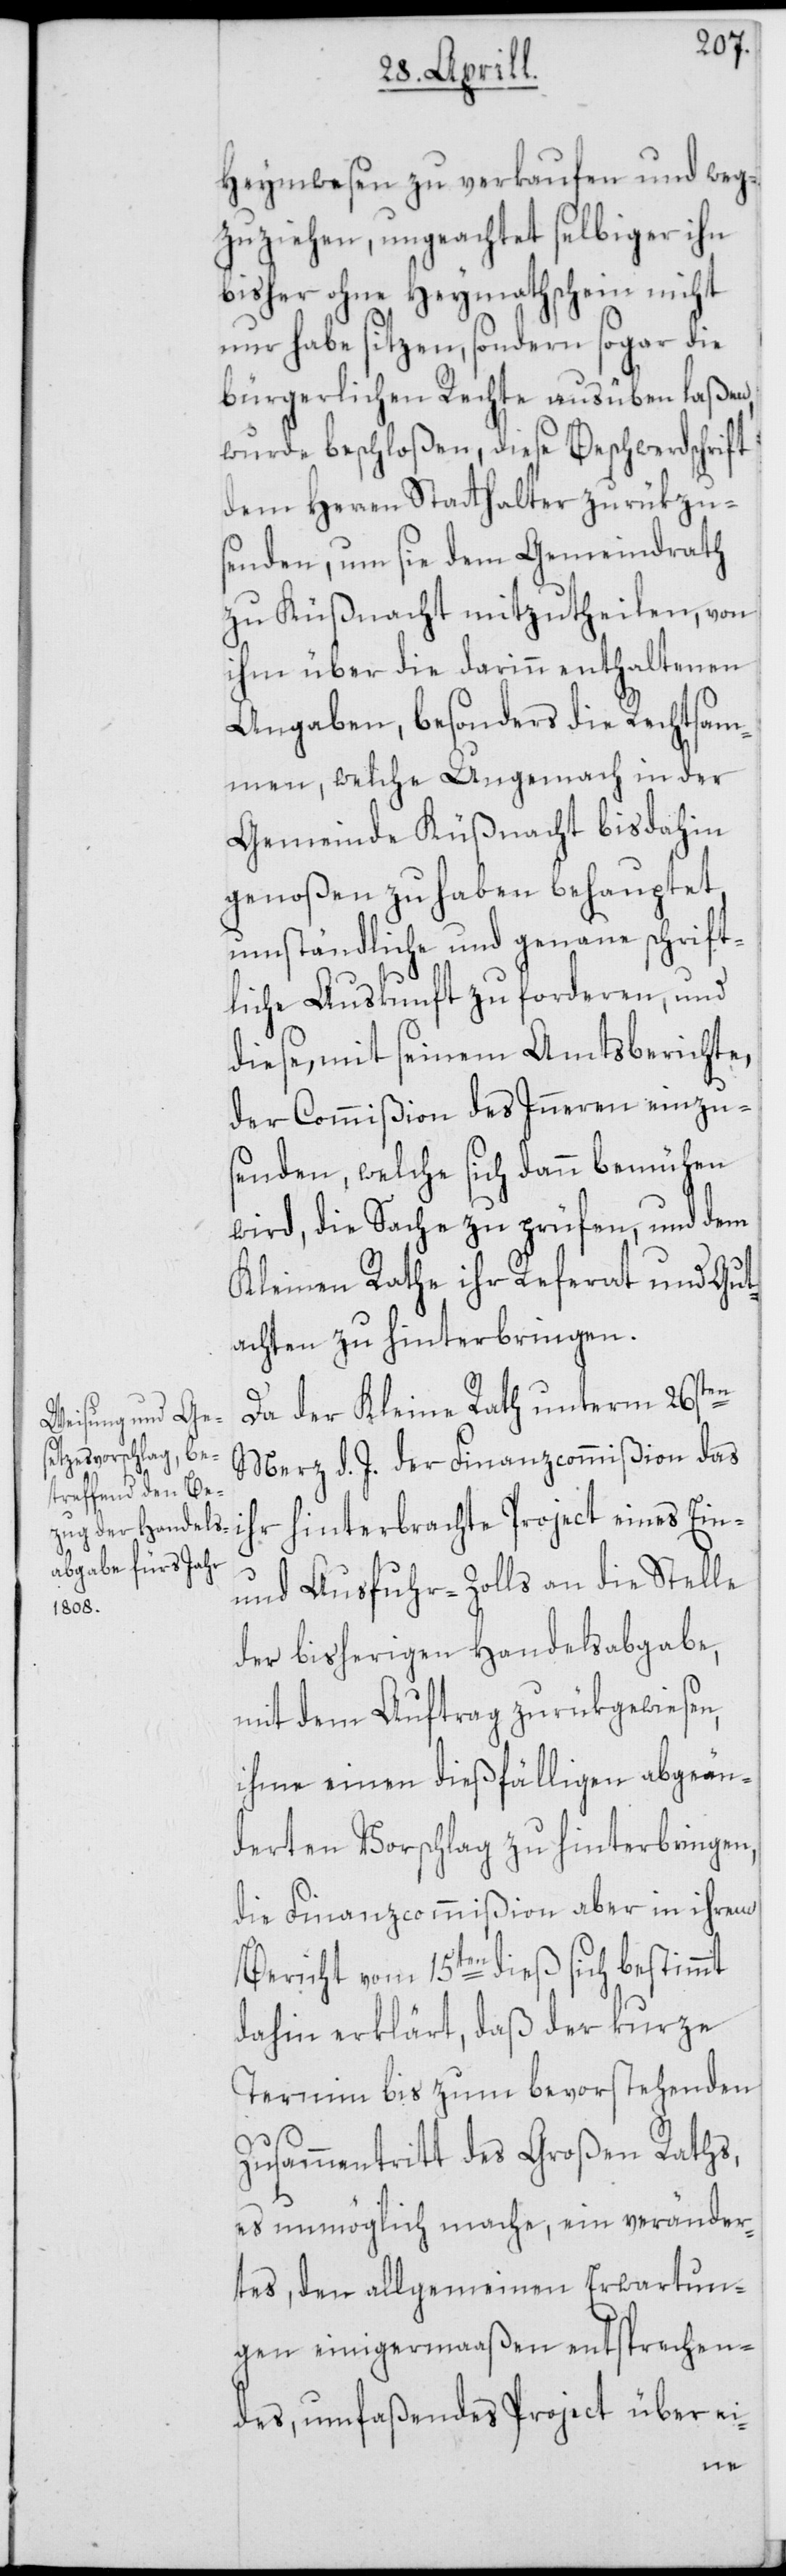
Heymwesen zu verkaufen und weg¬
zuziehen, ungeachtet selbiger ihn
bisher ohne Heymathschein nicht
nur habe sitzen, sondern sogar die
bürgerlichen Rechte ausüben laßen,
wurde beschloßen, diese Beschwerdschrift
dem Herren Statthalter zurükzu¬
senden, um sie dem Gemeindrath
zu Küßnacht mitzutheilen, von
ihm über die darinn enthaltenen
Angaben, besonders die Rechtsa¬
men, welche Ungemach in der
Gemeinde Küßnacht bis dahin
genoßen zu haben behauptet,
umständliche und genaue schrift¬
liche Auskunft zu forderen, und
diese, mit seinem Amtsberichte,
der Commißion des Inneren einzu¬
senden, welche sich dann bemühen
wird, die Sache zu prüfen, und dem
Kleinen Rathe ihr Referat und Gut¬
achten zu hinterbringen.
Da der Kleine Rath unterm 26sten
Merz d. J. der Finanzcommißion das
und Ausfuhr-Zolls an die Stelle
der bisherigen Handelsabgabe,
mit dem Auftrag zurükgewiesen,
ihme einen dießfälligen abgeän¬
derten Vorschlag zu hinterbringen,
die Finanzcommißion aber in ihrem
Bericht vom 15ten dieß sich bestimmt
dahin erklärt, daß der kurze
Termin bis zum bevorstehenden
Zusammentritt des Großen Raths,
es unmöglich mache, ein veränder¬
tes, den allgemeinen Erwartun¬
gen einigermaaßen entsprechen¬
des, umfaßendes Project über ei-
eines